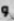
و